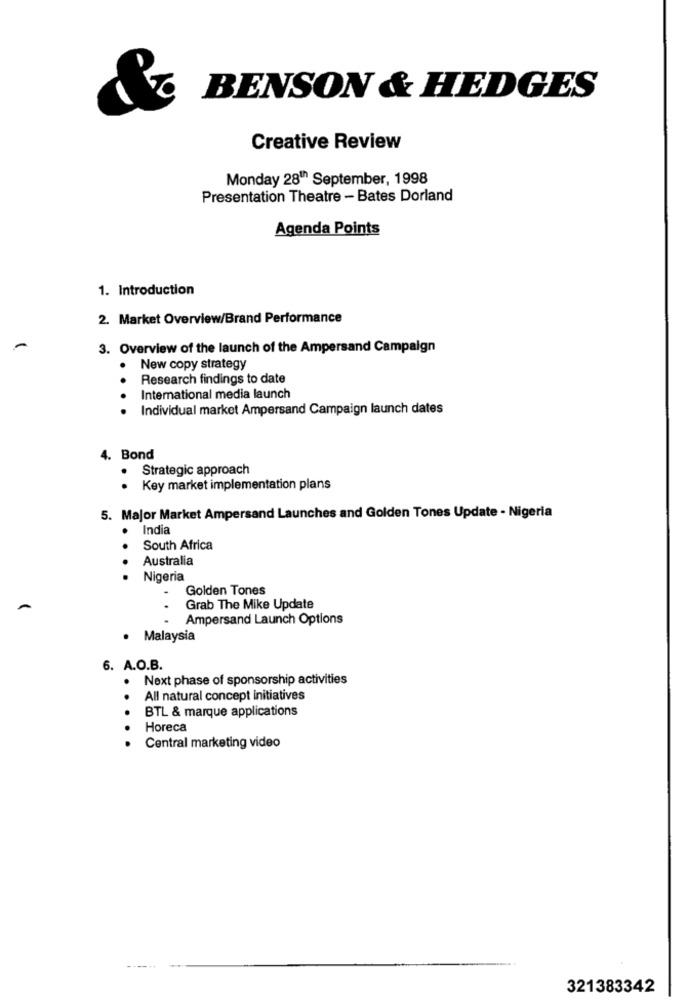
BENSON & HEDGES
Creative Review
Monday 28th September, 1998
Presentation Theatre - Bates Dorland
Agenda Points
1. Introduction
2. Market Overview/Brand Performance
3. Overview of the launch of the Ampersand Campaign
New copy strategy
Research findings to date
..
International media launch
Individual market Ampersand Campaign launch dates
4. Bond
Strategic approach
..
Key market implementation plans
5. Major Market Ampersand Launches and Golden Tones Update - Nigeria
India
..
South Africa
Australia
Nigeria
Golden Tones
Grab The Mike Update
Ampersand Launch Options
Malaysia
6. A.O.B.
Next phase of sponsorship activities
All natural concept initiatives
BTL & marque applications
Horeca
Central marketing video
321383342